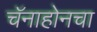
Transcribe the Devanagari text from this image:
चॅनाहोनचा